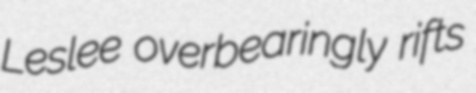
Leslee overbearingly rifts